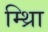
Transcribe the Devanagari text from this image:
म्थ्राि